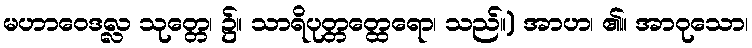
မဟာဝေဒလ္လ သုတ္တေ၊ ၌။ သာရိပုတ္တတ္ထေရော၊ သည်။) အာဟ၊ ၏။ အာဝုသော၊